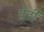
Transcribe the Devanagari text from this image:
प्रेडी